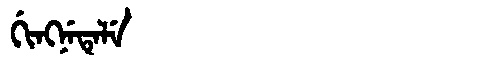
Manchu: ᡤᡳᠩᠨᡝᡨᡝᠯᡝ
Romanization: GINGNETELE